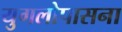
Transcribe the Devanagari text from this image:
युगलोपासना